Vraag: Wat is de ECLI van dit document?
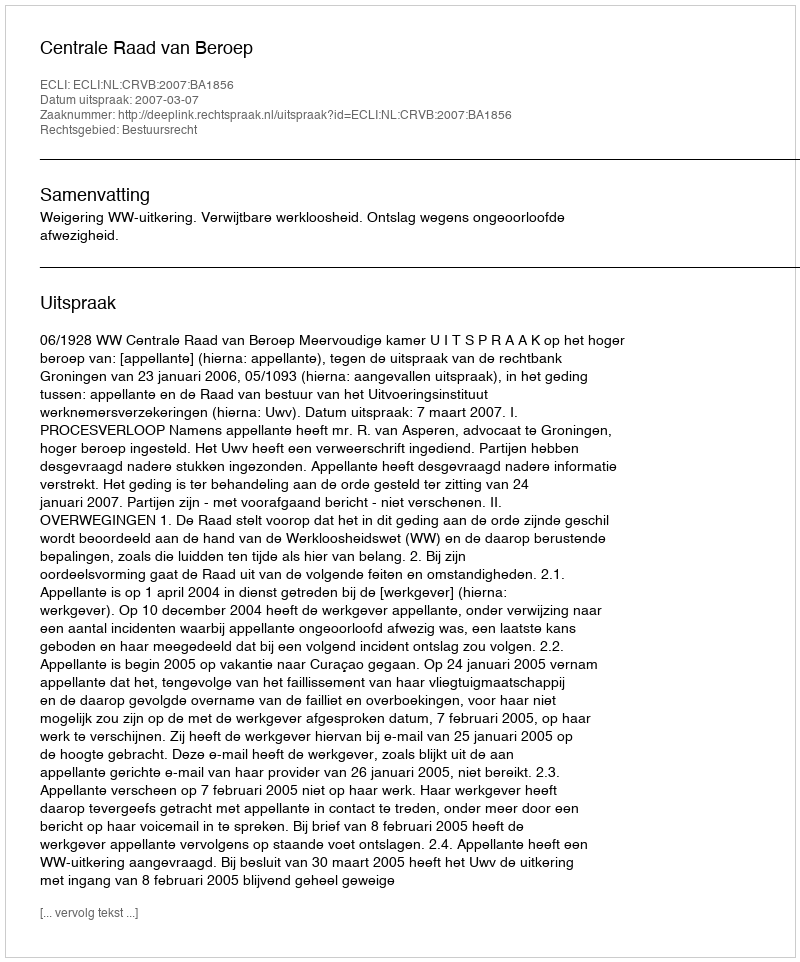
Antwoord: ECLI:NL:CRVB:2007:BA1856